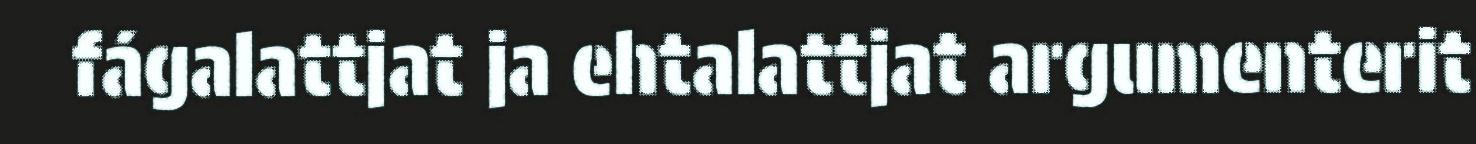
fágalattjat ja ehtalattjat argumenterit